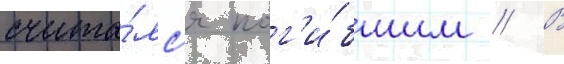
счита́лс'я пог'и́бшим // В